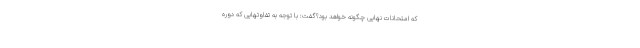
که امتحانات نهایی چگونه خواهد بود؟گفت: با توجه به تفاوتهایی که دوره